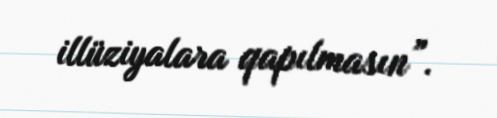
illüziyalara qapılmasın”.